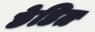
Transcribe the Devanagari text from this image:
छेडित